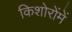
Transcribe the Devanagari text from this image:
किशोरोंमें